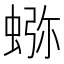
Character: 𰳉